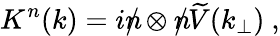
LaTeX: K^{n}(k)=i\rlap{{n}}/\otimes\rlap{{n}}/\widetilde{V}(k_{\perp})~,